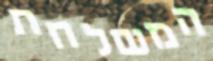
המשלחת